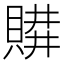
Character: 𧶥